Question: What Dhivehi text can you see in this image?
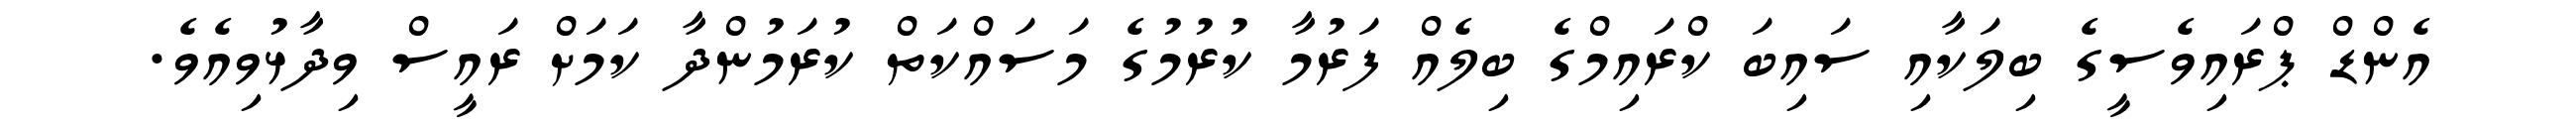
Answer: އެންޑް ޕްރައިވެސީގެ ބިލަކާއި ސައިބަ ކްރައިމްގެ ބިލެއް ފަރުމާ ކުރުމުގެ މަސައްކަތް ކުރަމުންދާ ކަމަށް ރައީސް ވިދާޅުވިއެވެ.